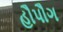
હૌપૌગ